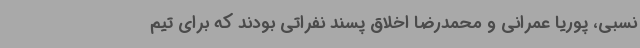
نسبی، پوریا عمرانی و محمدرضا اخلاق پسند نفراتی بودند که برای تیم